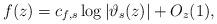
LaTeX: \begin{align*}f(z)= c_{f,s}\log|\vartheta_{s}(z)| + O_{z}(1),\end{align*}